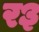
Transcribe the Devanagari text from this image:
र३